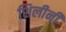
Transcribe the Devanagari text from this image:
शिलीनी